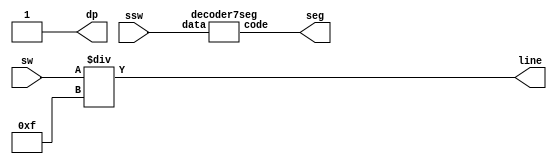
`timescale 1ns / 1ps

module seg7test(
    input   wire[3:0]    sw,
    input   wire [3:0]   ssw,
    output  wire[6:0]   seg,
    output  wire    dp,
    output  wire[3:0]   line
    );
    wire[6:0] code;
    assign seg = code; // atlys
    //assign seg = ~code; // basys2
    decoder7seg decoder0(.data(ssw), .code(code));
    assign line[3:0] = sw[3:0]/4'b1111; // atlys
    //assign line[3:0] = sw[3:0]; // basys2
    assign dp = 1'b1;
endmodule

module decoder7seg( input wire [3:0] data, output wire [6:0] code);
    assign code =
        data==4'd0 ? 7'b1111110: // 0
        data==4'd1 ? 7'b0110000: // 1
        data==4'd2 ? 7'b1101101: // 2
                    7'b1000111; // F
endmodule